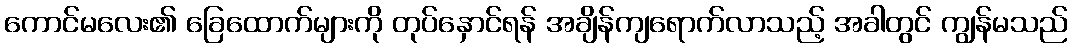
ကောင်မလေး၏ ခြေထောက်များကို တုပ်နှောင်ရန် အချိန်ကျရောက်လာသည့် အခါတွင် ကျွန်မသည်